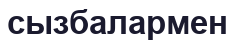
сызбалармен